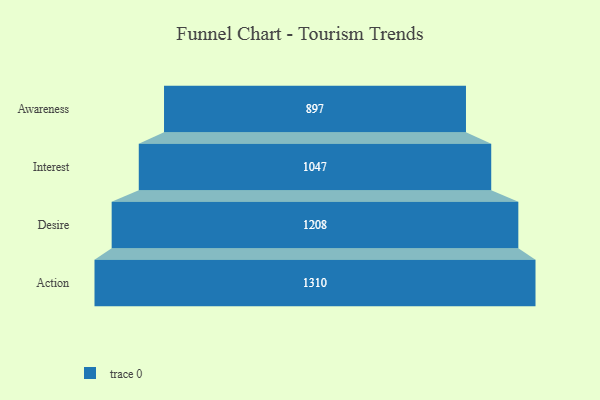
{"axis": {"x": "Stage", "y": "Value"}, "legend": [""], "data": [{"x": "Awareness", "y": 897.0, "type": ""}, {"x": "Interest", "y": 1047.0, "type": ""}, {"x": "Desire", "y": 1208.0, "type": ""}, {"x": "Action", "y": 1310.0, "type": ""}]}